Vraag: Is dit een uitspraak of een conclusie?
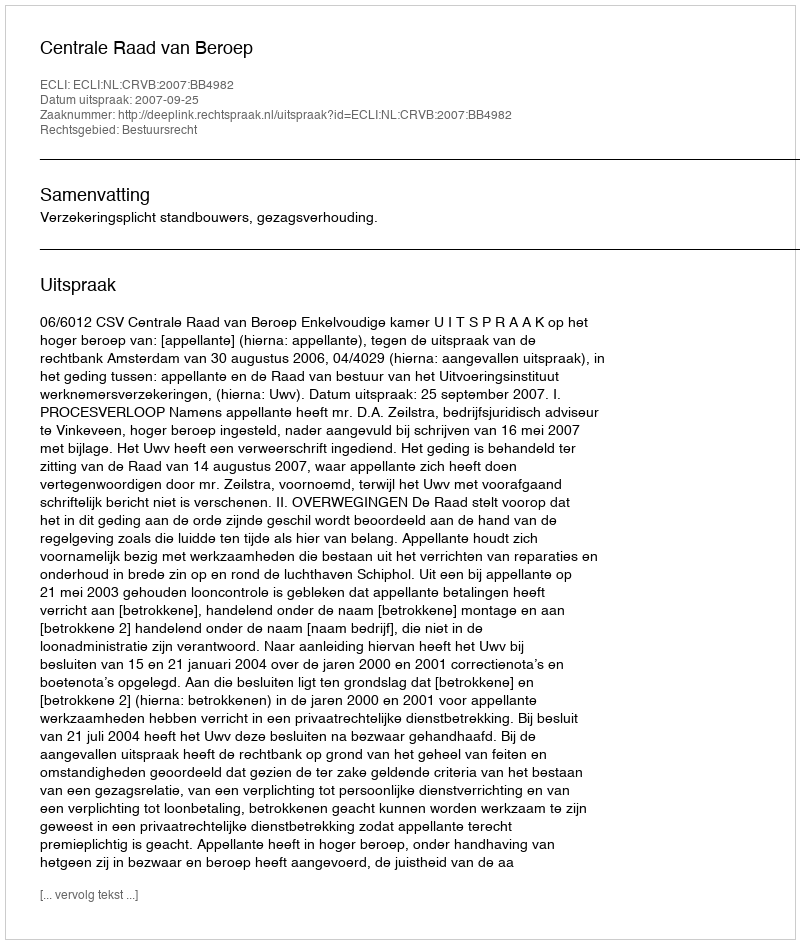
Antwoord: Uitspraak